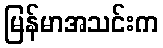
မြန်မာအသင်းက